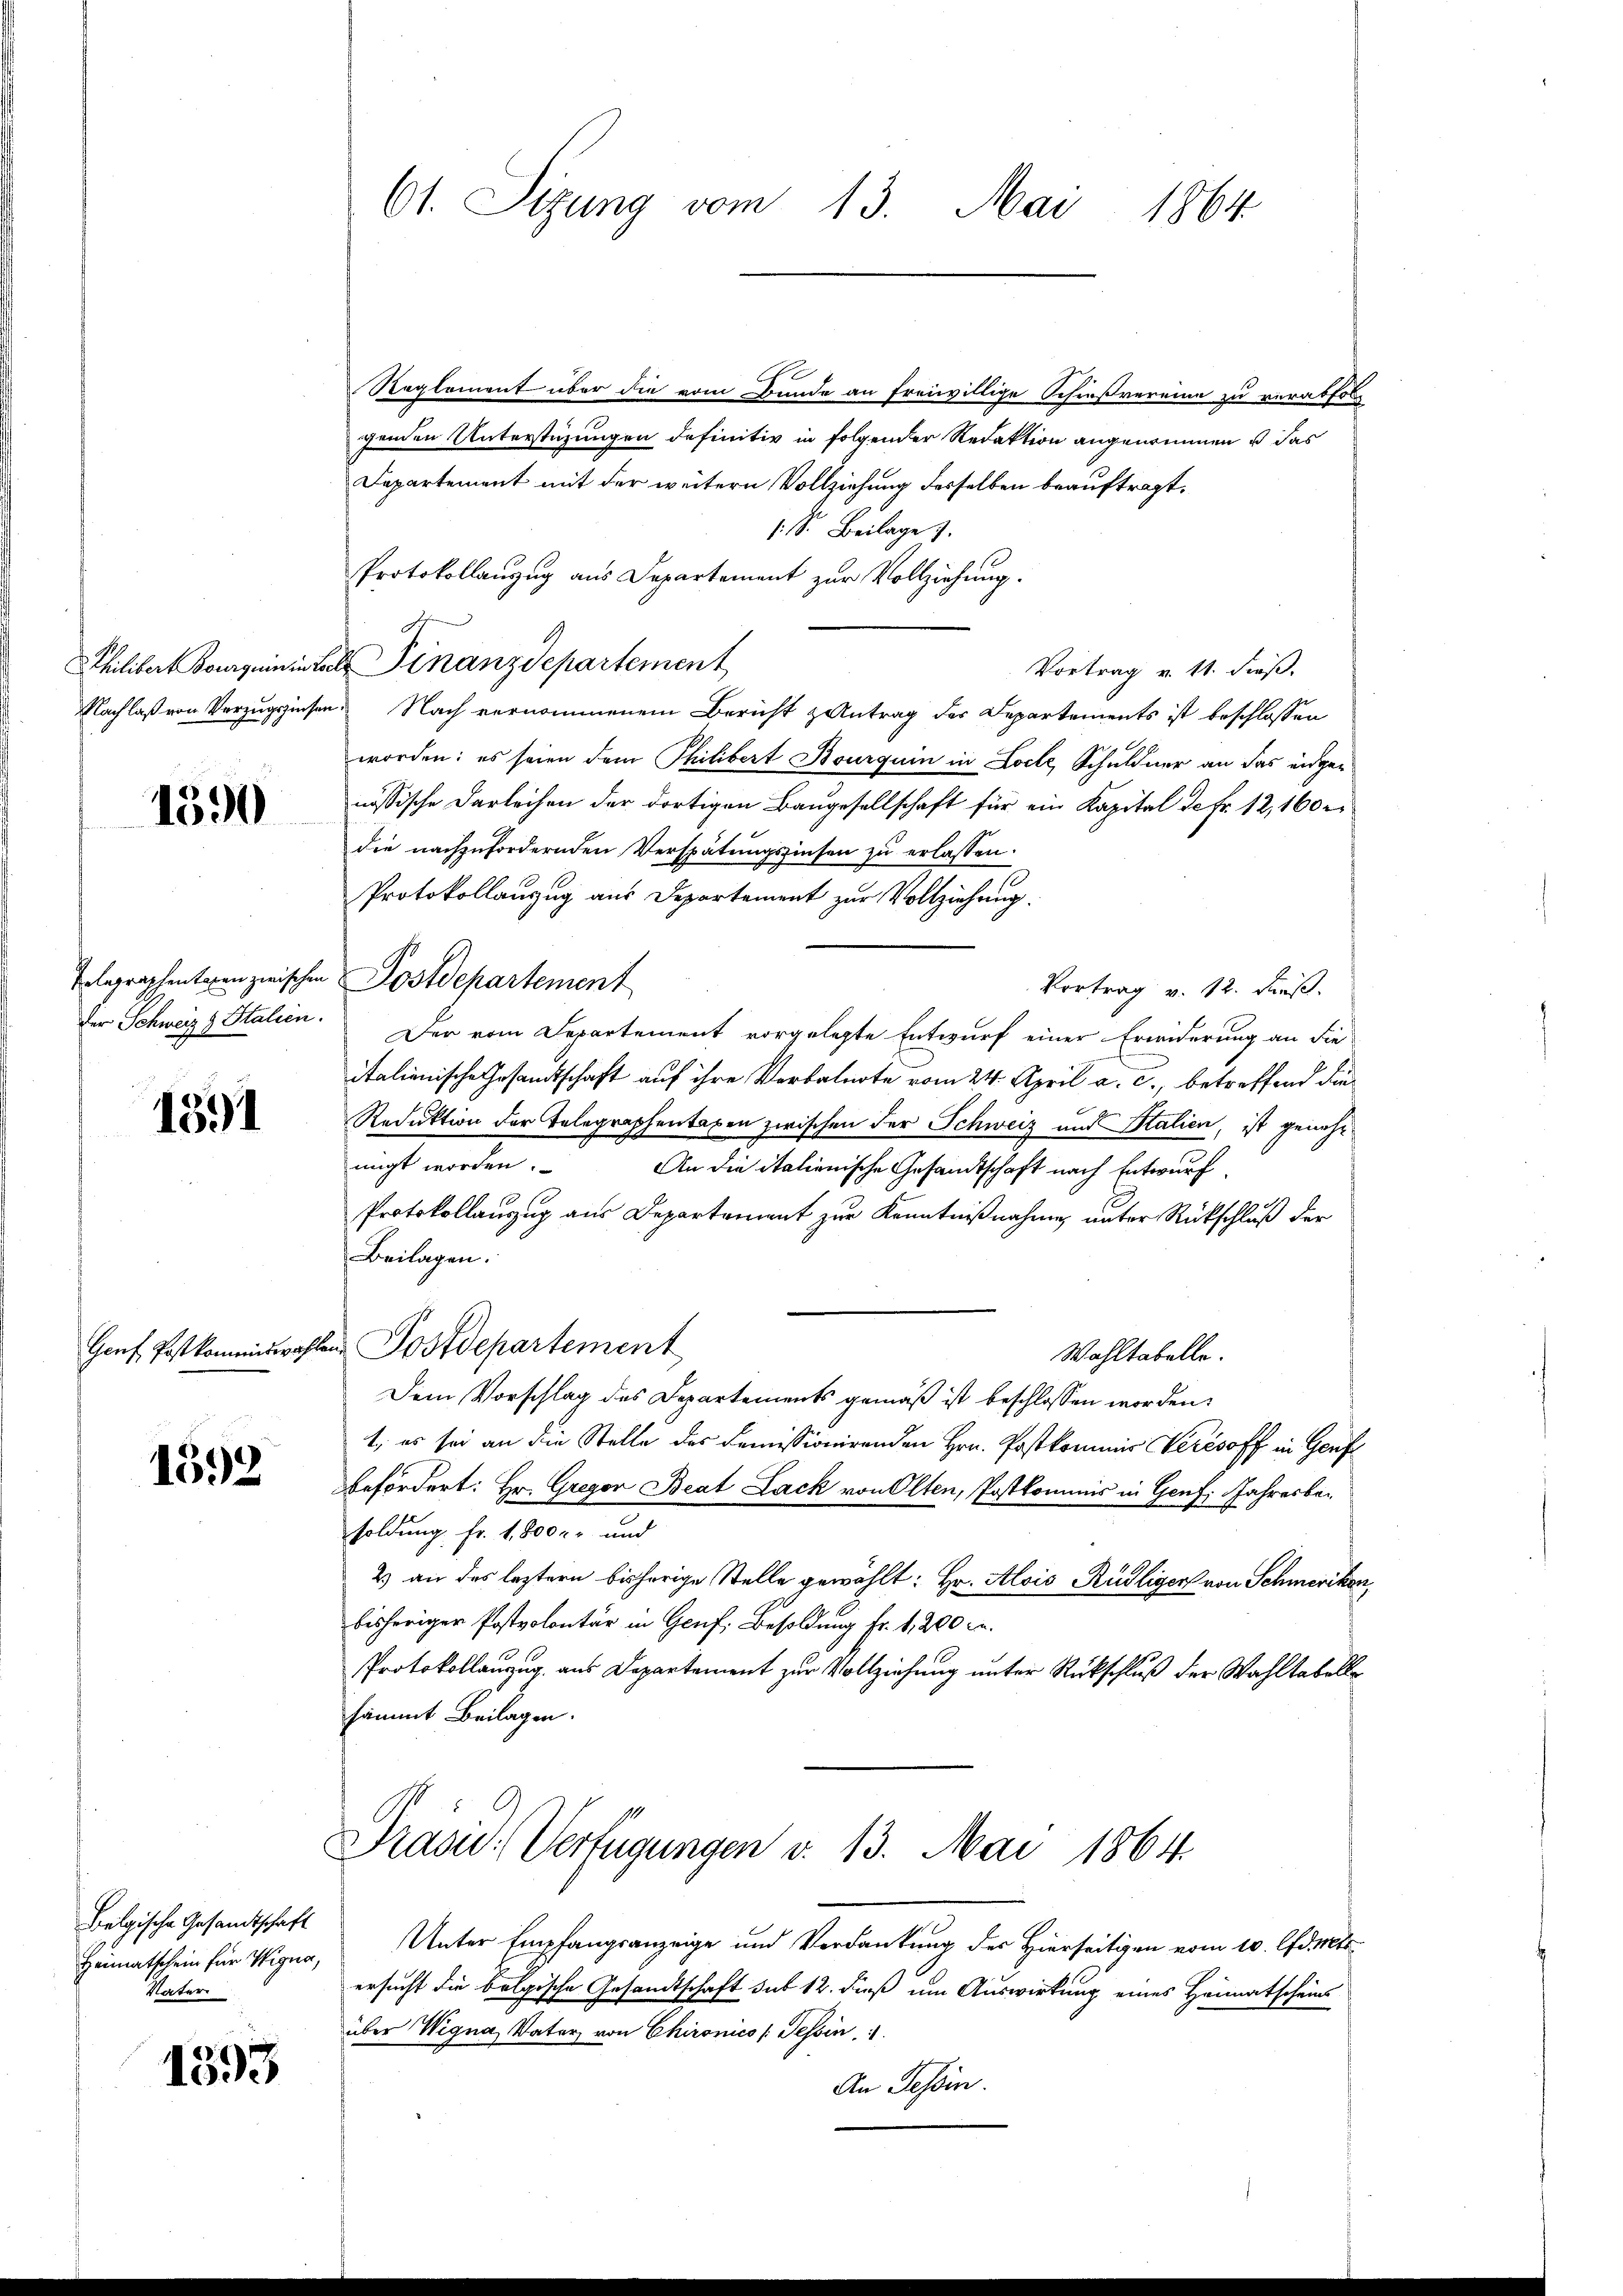
1390

1391

1592

Belgische Gesandtschaft
Heimatschein für Wigna,
Vater

1393

Reglement über die vom Bunde an freiwillige Schießvereine zu verabfolg
genden Unterstüzungen definitiv in folgender Redaktion angenommen u das
Departement mit der weitern Vollziehung desselben beauftragt,
: S. Beilage
Protokollanzug aus Departement zur Vollziehung.
Thilibert Bourquinital Finanzdepartement
Vortrag v. 11. dieß.
Nachlaß von Vorzugszinsen. Nach vernommenem Bericht antrag der Departements ist beschlossen
worden: es seien dem Philibert Bourquin in Loche, Schuldner an das eidgenössische Darleihen der dortigen Baugesellschaft für ein Kapital da Fr. 12, 160 r
die nachzufordernden Verspätungsinsen zu erlassen.
Protokollanzug aus Departement zur Vollziehung.
Telegraphentiren zwischen Postdepartement
Vortrag v. 12. Fuß.
der Schweiz & Stalien. Der vom Departement vorgelegte Entwurf einer Erwiderung an die
italienische Gesandtschaft auf ihre Verbalnote vom 24. April a. c., betreffend die¬
Reduktion der Telegraphentaxen zwischen der Schweiz und Stalien, ist genehmigt worden. An die italienische Gesandtschaft nach Entwurf.
Protokollauszug aus Departement zur Kenntnißnahme unter Rückschluß der
Beilagen.
Gonf Postkommiswahlen Postdepartement
Wahltabelle.
Dem Vorschlag des Departements gemäß ist beschlossen worden.
1. es sei an die Stelle des Demissionirenden Hrn. Postkommis Verésoff in Genf
befördert: Hr. Gregor Beat Lack von Olten, Postkommnis in Genf, Jahresbesoldung Fr. 1,800 kr und
2) an des leztern bisherige Stelle gewählt: Hr. Alois Rüdliger von Schmeriken,
bisheriger Postvolontär in Genf, Besoldung Fr. 1, 200 c.
Protokollanzug aus Departement zur Vollziehung unter Rückschluß der Wahltabelle
sämmt Beilagen.

61. Sizung vom 13. Mai 1864

Präsid. Verfügungen v. 13. Mai 1864.

Unter Empfangsanzeige und Verdankung des Hierseitigen vom 10. Amts
ersucht die belgische Gesandtschaft sub 12. dieß um Auswirkung eines Heimatscheins
über Wegna, Vater von Chironico /: Tessin,
An Tessin.